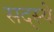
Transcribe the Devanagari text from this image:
सद्स्ये